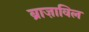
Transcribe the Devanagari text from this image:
ब्राज़ाविल